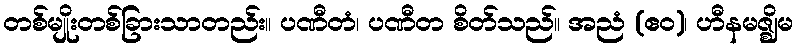
တစ်မျိုးတစ်ခြားသာတည်း။ ပဏီတံ၊ ပဏီတ စိတ်သည်။ အညံ (ဧဝ)၊ ဟီနမဇ္ဈိမ